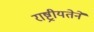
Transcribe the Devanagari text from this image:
राष्ट्रीयतेने